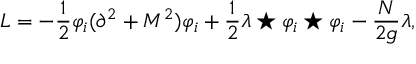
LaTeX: { \cal L } = - \frac 1 2 \varphi _ { i } ( \partial ^ { 2 } + M ^ { 2 } ) \varphi _ { i } + \frac 1 2 \lambda \star \varphi _ { i } \star \varphi _ { i } - \frac { N } { 2 g } \lambda ,